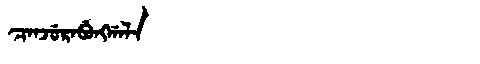
Manchu: ᠴᠠᠨᠵᡠᡵᠠᠪᡠᠩᡤᠠᠯᠠ
Romanization: CANJURABUNGGALA